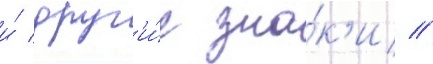
и́ друг'и́е зна́к'и //